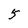
Character: 5